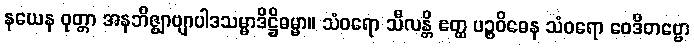
နယေန ဝုတ္တာ အနဘိဇ္ဈာဗျာပါဒသမ္မာဒိဋ္ဌိဓမ္မာ။ သံဝရော သီလန္တိ ဧတ္ထ ပဉ္စဝိဓေန သံဝရော ဝေဒိတဗ္ဗော